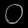
Digit: ၀